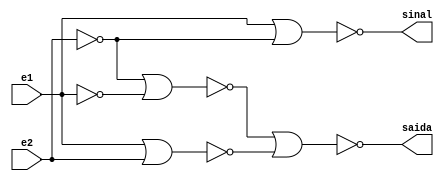
// Nome: Isabella Gonales


module metodomeiadiferencanor ( sinal,saida,e1,e2 );

output sinal,saida;
input e1,e2;
wire temp1,temp2,temp3,temp4,temp5;

nor NOR1 ( temp1,e2,e2 ); 
nor NOR2 ( temp2,e1,e1 );
nor NOR3 ( temp3,temp1,temp2 );
nor NOR4 ( temp4,e1,e2 );
nor NOR5 ( saida,temp3,temp4 );
nor NOR6 ( temp5,e2,e2 );
nor NOR7 ( sinal,e1,temp5 );

endmodule


module testmeiadiferencanor;
reg e1,e2;
wire sinal,saida;

metodomeiadiferencanor meiadiferenca ( sinal,saida,e1,e2 );

initial begin: start
        e1=0;  e2=0;
		  
end

initial begin: main

#1 $display (" Circuito da meia-diferena com portas NOR ");
#1 $display (" e1 - e2 = sinal   saida ");
   $monitor (" %b  - %b  =   %b      %b",e1,e2,sinal,saida );
	#1  e1=0;  e2=1;
	#1  e1=1;  e2=0;
	#1  e1=1;  e2=1;
	
	
end
endmodule


/* Registrando os Resultados

 Circuito da meia-diferena com portas NOR 
     e1 - e2 = sinal   saida 
     0  - 0  =   0      0
     0  - 1  =   1      1
     1  - 0  =   0      1
     1  - 1  =   0      0
    
     ----jGRASP: operation complete.
 */